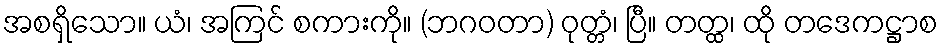
အစရှိသော။ ယံ၊ အကြင် စကားကို။ (ဘဂဝတာ) ဝုတ္တံ၊ ပြီ။ တတ္ထ၊ ထို တဒေကဋ္ဌာစ